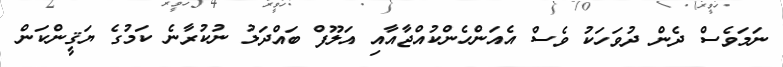
ނަމަވެސް ދެން ދުވަހަކު ވެސް އެއަންހެންކުއްޖާއާއި އަލޫފް ބައްދަލު ނުކުރާނެ ކަމުގެ ޔަޤީންކަން